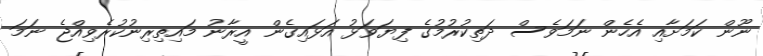
ނޫން ކަމަށާއި އެހެން ނަމަވެސް ދަތިކުރުމުގެ ފިޔަވަޅު އަޅައިގެން އީރާނު މައިތިރިނުކުރެވިއްޖެ ނަމަ